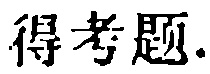
得考题.